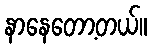
နာနေတော့တယ်။